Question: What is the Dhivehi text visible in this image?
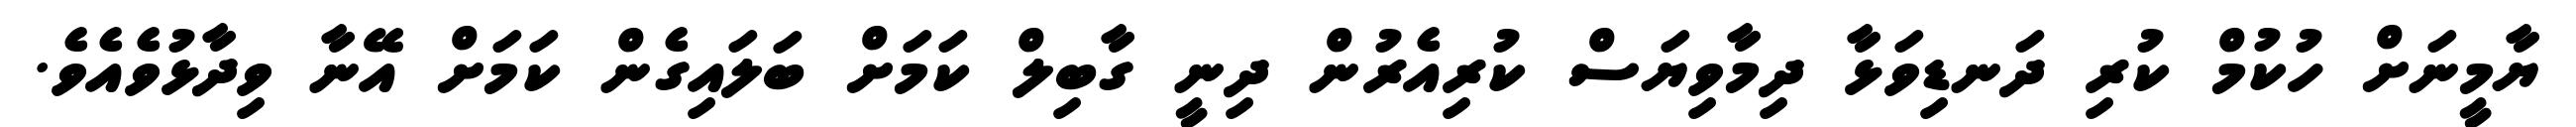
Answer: ޔާމީނަށް ހުކުމް ކުރި ދަނޑިވަޅާ ދިމާވިޔަސް ކުރިއެރުން ދިނީ ގާބިލް ކަމަށް ބަލައިގެން ކަމަށް އޭނާ ވިދާޅުވެއެވެ.